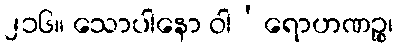
၂၁၆။ သောပါနော ဝါ’ရောဟဏဉ္စ၊